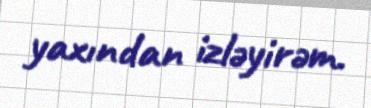
yaxından izləyirəm.